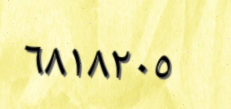
٦٨١٨٢٠٥